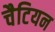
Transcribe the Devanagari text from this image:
चैटियन